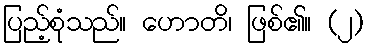
ပြည့်စုံသည်။ ဟောတိ၊ ဖြစ်၏။ (၂)